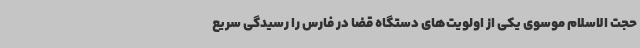
حجت الاسلام موسوی یکی از اولویت‌های دستگاه قضا در فارس را رسیدگی سریع